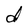
Character: d